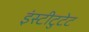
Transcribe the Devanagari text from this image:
इंस्टीटुटेट